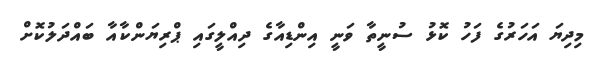
މިދިޔަ އަހަރުގެ ފަހު ކޮޅު ސުނީތާ ވަނީ އިންޑިއާގެ ދިއްލީގައި ޕްރިޔަންކާއާ ބައްދަލުކޮށް